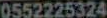
0552225324